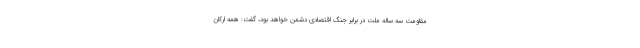
مقاومت سه ساله ملت در برابر جنگ اقتصادی دشمن خواهد بود، گفت: همه ارکان